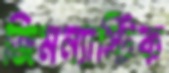
জিমন্যাস্টিক